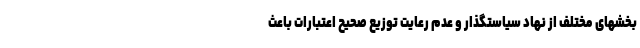
بخشهای مختلف از نهاد سیاستگذار و عدم رعایت توزیع صحیح اعتبارات باعث